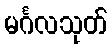
မင်္ဂလသုတ်